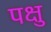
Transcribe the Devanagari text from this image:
पक्षु